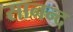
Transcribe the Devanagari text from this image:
सानन्‍द